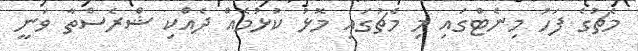
މެޗުގެ ފަހު މިނެޓްގައި މި މެޗުގައި މޮޅު ކުޅުމެއް ދެއްކި ޝްރެސްތާ ވަނީ